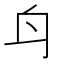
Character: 𨈏